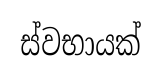
ස්වභායක්